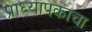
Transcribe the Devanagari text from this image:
प्राध्यापकाचा